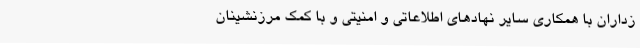
زداران با همکاری سایر نهادهای اطلاعاتی و امنیتی و با کمک مرزنشینان